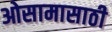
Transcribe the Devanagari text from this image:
ओसामासाठी